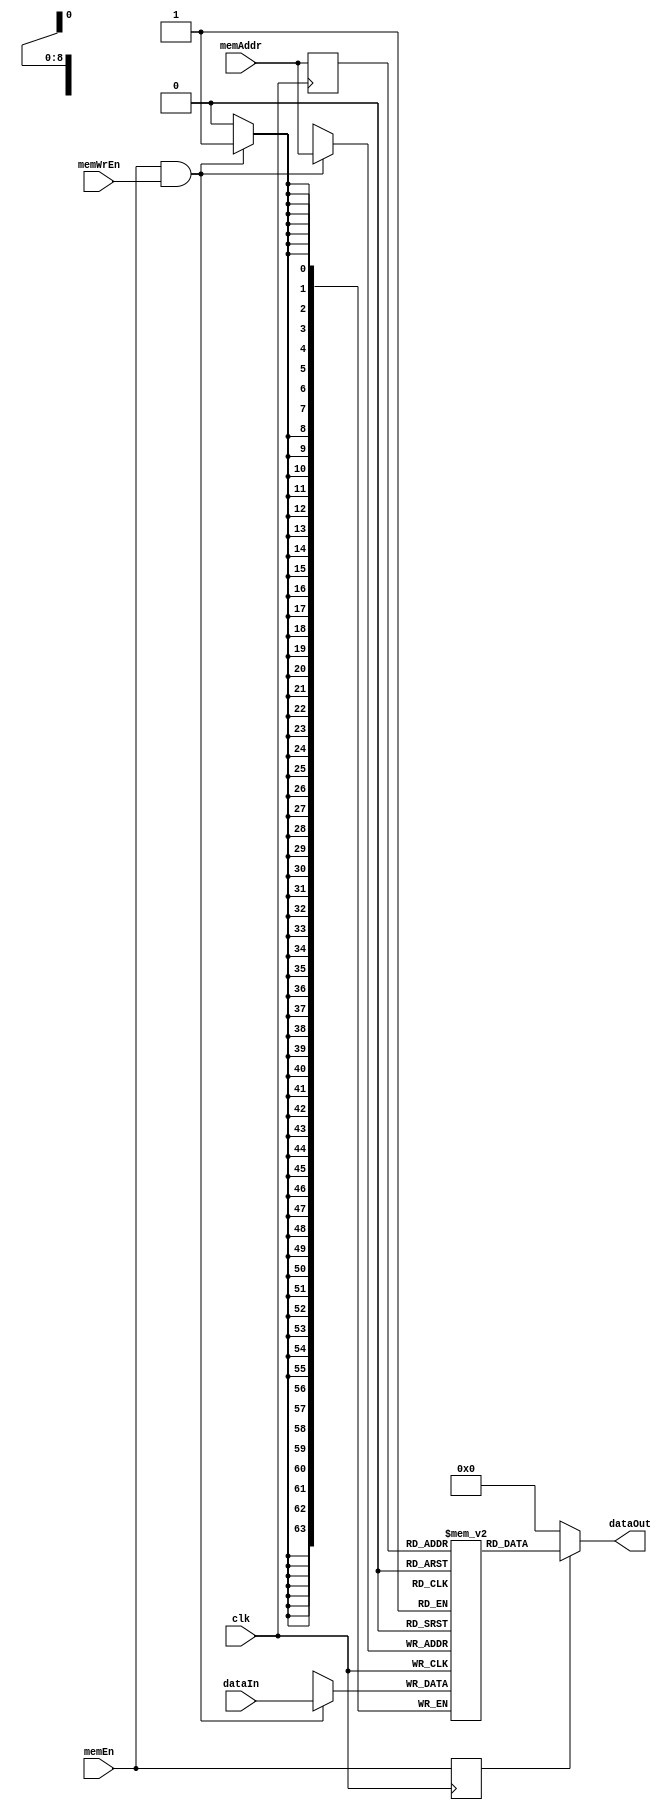
/////////////////////////////////////////////////////////////////////
// Project      : EE577B Fall2018 Gold CMP 
// Description  : Data Memory For Gold Processor  
// Version      : ver1
// Last Modified by : Aditya 
// Update Log   : 
// ver1: Baseline
//
/////////////////////////////////////////////////////////////////////
`timescale 1ns/10ps

module dmem (clk, memEn, memWrEn, memAddr, dataIn, dataOut);
	input          clk;       // System Clock
	input          memEn;     // Memory Enable
	input          memWrEn;   // Memory Write Enable
	input  [0:8]   memAddr;   // Memory Read/Write Address (9-bits)
	input  [0:63]  dataIn;    // Memory WRITE Data (64-bit)
	output [0:63]  dataOut;   // Memory Read Output (64-bit)
	
	// Memory Declaration
	reg [0:63] MEM[0:511]; 		// 64-bit wide, 512-deep memory
	
	// Registered Inputs
	reg       r_memEn;
	reg [0:8] r_memAddr;
	
	// READ Operation
	assign dataOut = r_memEn ? MEM[r_memAddr] : 64'd0;
	
	// Input Registers
	always @(posedge clk)
	begin
		r_memAddr <= memAddr;
		r_memEn   <= memEn;
	end
	
	// Synchronous WRITE Operation
	always @(posedge clk)
	begin
		if (memEn & memWrEn)
		begin
			MEM[memAddr] <= dataIn;
		end
	end
	
endmodule